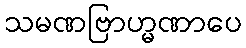
သမဏဗြာဟ္မဏာပေ